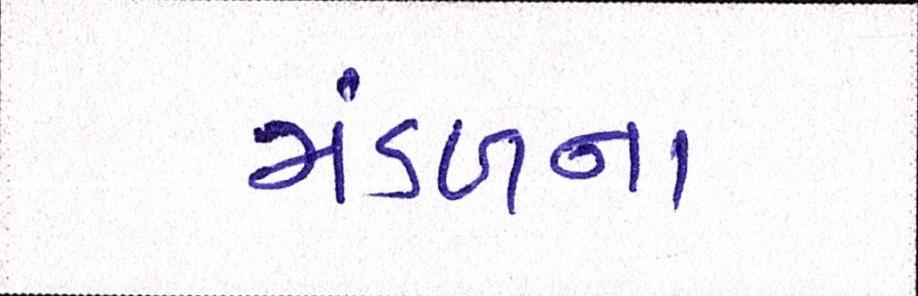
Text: મંડળના